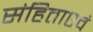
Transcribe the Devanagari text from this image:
संहिताएवं